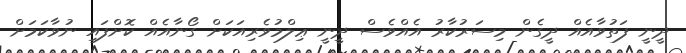
ދީނީ ފަތުވާއެއް ދީގެން މިސަރުކާރު އެއްވެސް ދީނީ ޢިލްމުވެރިއަކަށް ގޯނާއެއް ކޮށްފައި ނުވާކަމަށް